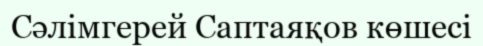
Сәлімгерей Саптаяқов көшесі